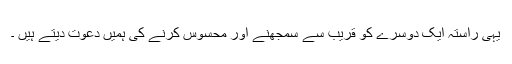
یہی راستہ ایک دوسرے کو قریب سے سمجھنے اور محسوس کرنے کی ہمیں دعوت دیتے ہیں ۔